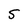
Character: S